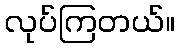
လုပ်ကြတယ်။